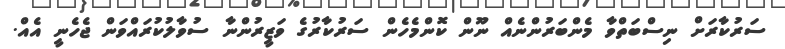
ސަރުކާރަށް ނިސްބަތްވާ މެންބަރުންނެއް ނޫން ކޮންމެހެން ސަރުކާރުގެ ވަޒީރުންނާ ސުވާލުކުރައްވަން ޖެހެނީ އެއް.